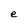
Character: e